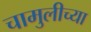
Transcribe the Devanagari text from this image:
चामुलीच्या